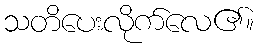
သတိပေးလိုက်လေ၏။